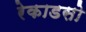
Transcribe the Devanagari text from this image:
रेकाडसो